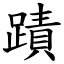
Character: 蹟